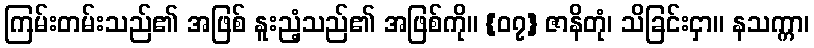
ကြမ်းတမ်းသည်၏ အဖြစ် နူးညံ့သည်၏ အဖြစ်ကို။ {၀၇} ဇာနိတုံ၊ သိခြင်းငှာ။ နသက္ကာ၊